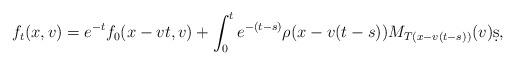
LaTeX: \begin{align*} f_t (x,v)= e^{-t}f_0 (x-vt, v) + \int_0^t e^{-(t-s)} \rho (x-v(t-s))M_{T(x-v(t-s))} (v) \d s,\end{align*}